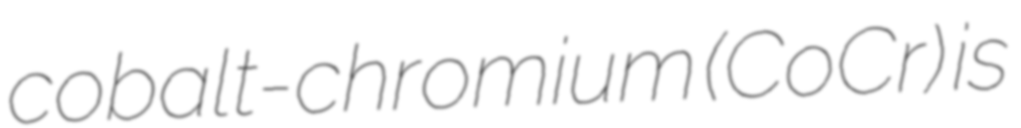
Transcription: cobalt-chromium (CoCr) is